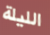
الليلة